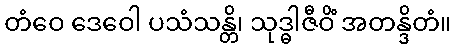
တံဝေ ဒေဝေါ ပသံသန္တိ၊ သုဒ္ဓါဇီဝိံ အတန္ဒိတံ။